Report of the Indian Hemp Drugs Commission, 1894-1895 - Volume I
Year: 1894
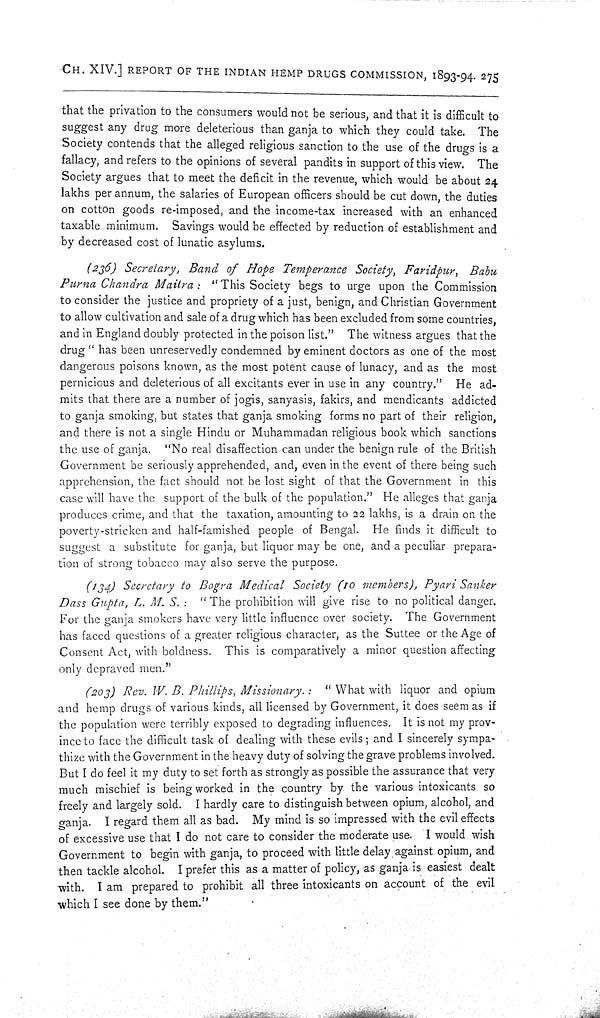
CH. XIV.] REPORT OF THE INDIAN HEMP DRUGS COMMISSION, 1893-94. 275
that the privation to the consumers would not be serious, and that it is difficult to
suggest any drug more deleterious than ganja to which they could take. The
Society contends that the alleged religious sanction to the use of the drugs is a
fallacy, and refers to the opinions of several pandits in support of this view. The
Society argues that to meet the deficit in the revenue, which would be about 24
lakhs per annum, the salaries of European officers should be cut down, the duties
on cotton goods re-imposed, and the income-tax increased with an enhanced
taxable minimum. Savings would be effected by reduction of establishment and
by decreased cost of lunatic asylums.
(236) Secretary, Band of Hope Temperance Society, Faridpur, Babu
Purna Chandra Maitra:
"This Society begs to urge upon the Commission
to consider the justice and propriety of a just, benign, and Christian Government
to allow cultivation and sale of a drug which has been excluded from some countries,
and in England doubly protected in the poison list." The witness argues that the
drug "has been unreservedly condemned by eminent doctors as one of the most
dangerous poisons known, as the most potent cause of lunacy, and as the most
pernicious and deleterious of all excitants ever in use in any country." He ad-
mits that there are a number of jogis, sanyasis, fakirs, and mendicants addicted
to ganja smoking, but states that ganja smoking forms no part of their religion,
and there is not a single Hindu or Muhammadan religious book which sanctions
the use of ganja. "No real disaffection can under the benign rule of the British
Government be seriously apprehended, and, even in the event of there being such
apprehension, the fact should not be lost sight of that the Government in this
case will have the support of the bulk of the population." He alleges that ganja
produces crime, and that the taxation, amounting to 22 lakhs, is a drain on the
poverty-stricken and half-famished people of Bengal. He finds it difficult to
suggest a substitute for ganja, but liquor may be one, and a peculiar prepara-
tion of strong tobacco may also serve the purpose.
(134) Secretary to Bogra Medical Society (10 members), Pyari Sanker
Dass Gupta, L. M. S.: "The prohibition will give rise to no political danger.
For the ganja smokers have very little influence over society. The Government
has faced questions of a greater religious character, as the Suttee or the Age of
Consent Act, with boldness. This is comparatively a minor question affecting
only depraved men."
(203) Rev. W. B. Phillips, Missionary.: "What with liquor and opium
and hemp drugs of various kinds, all licensed by Government, it does seem as if
the population were terribly exposed to degrading influences. It is not my prov-
ince to face the difficult task of dealing with these evils; and I sincerely sympa-
thize with the Government in the heavy duty of solving the grave problems involved.
But I do feel it my duty to set forth as strongly as possible the assurance that very
much mischief is being worked in the country by the various intoxicants so
freely and largely sold. I hardly care to distinguish between opium, alcohol, and
ganja. I regard them all as bad. My mind is so impressed with the evil effects
of excessive use that I do not care to consider the moderate use. I would wish
Government to begin with ganja, to proceed with little delay against opium, and
then tackle alcohol. I prefer this as a matter of policy, as ganja is easiest dealt
with. I am prepared to prohibit all three intoxicants on account of the evil
which I see done by them."